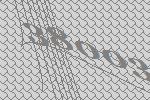
38003